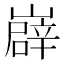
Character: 㠔